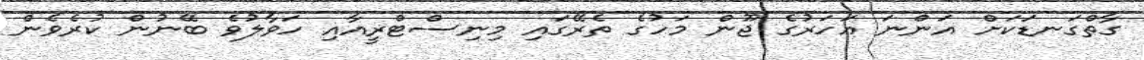
ގާތްގަނޑަކަށް އަންނަ އަހަރުގެ ޖޫން މަހުގެ ތެރޭގައި މިނިސްޓްރީއާއި ހަވާލުވެ ބޭނުން ކުރެވެން